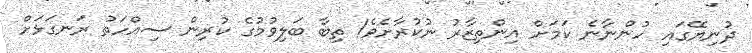
ދުނިޔޭގައި ހުންނާނެ ކަމަށް އިންތިޒާރު ނުކުރާށެވެ! ތިބާ ބަލިވުމުގެ ކުރިން ސިއްހަތު ރަނގަޅަށް